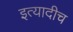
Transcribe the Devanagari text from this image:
इत्यादीच